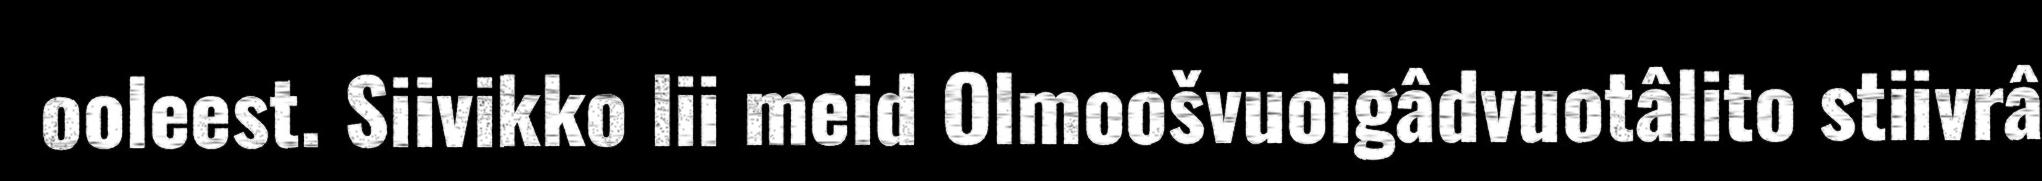
ooleest. Siivikko lii meid Olmoošvuoigâdvuotâlito stiivrâ